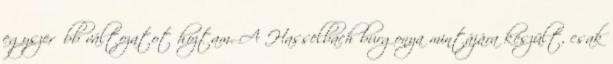
egyszerűbb változatot hoztam. A Hasselbach burgonya mintájára készült, csak